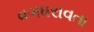
વગધરાવતા